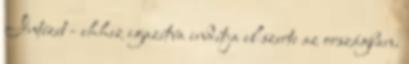
Intézet - ehhez igazítva indítja el szerte az országban.